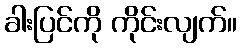
ခါးပြင်ကို ကိုင်းလျက်။